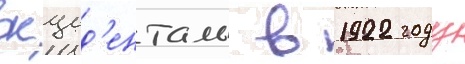
окцид'енталь в 1922 году